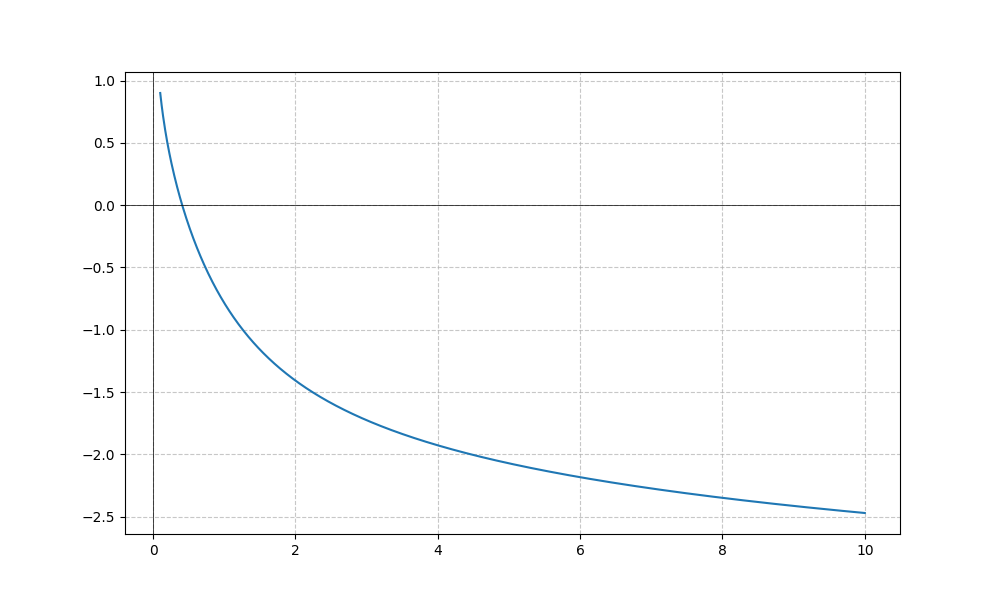
LaTeX formula: - \frac{\log{\left(x \right)}}{\log{\left(10 \right)}} - \operatorname{atan}{\left(x \right)}